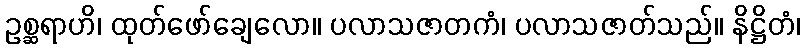
ဥစ္ဆရာဟိ၊ ထုတ်ဖော်ချေလော။ ပလာသဇာတကံ၊ ပလာသဇာတ်သည်။ နိဋ္ဌိတံ၊